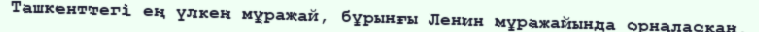
Ташкенттегі ең үлкен мұражай, бұрынғы Ленин мұражайында орналасқан.